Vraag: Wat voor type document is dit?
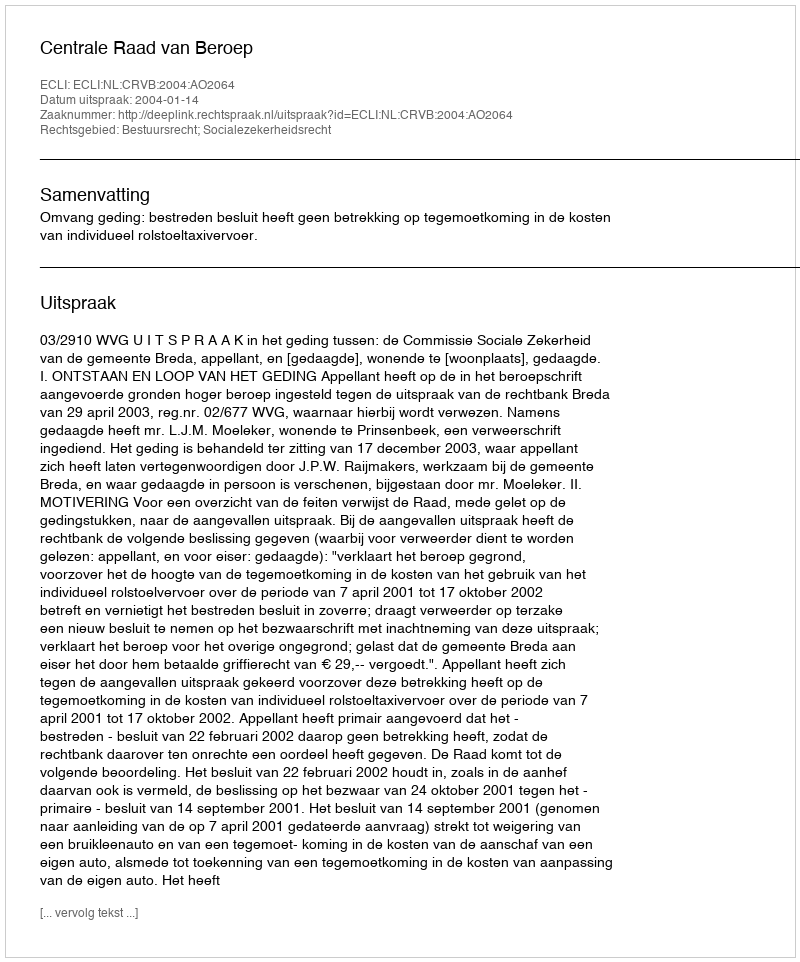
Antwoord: Uitspraak